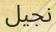
نجيل